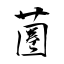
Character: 蔨